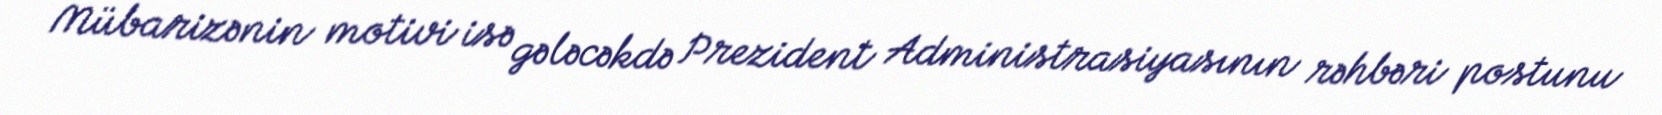
Mübarizənin motivi isə gələcəkdə Prezident Administrasiyasının rəhbəri postunu